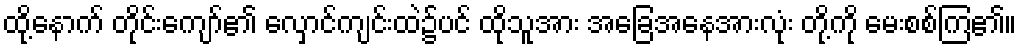
ထို့နောက် တိုင်းကျော်၏ လှောင်ကျင်းထဲ၌ပင် ထိုသူအား အခြေအနေအားလုံး တို့ကို မေးစစ်ကြ၏။